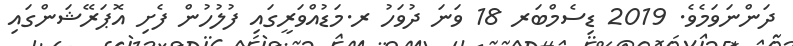
ދަންނަވަމެވެ. 2019 ޑިސެމްބަރ 18 ވަނަ ދުވަހު ރ.މަޑުއްވަރީގައި ފުލުހުން ފެށި އޮޕަރޭޝަންގައި